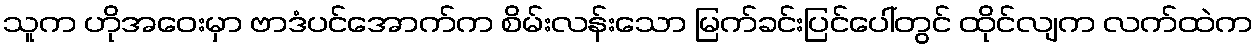
သူက ဟိုအဝေးမှာ ဗာဒံပင်အောက်က စိမ်းလန်းသော မြက်ခင်းပြင်ပေါ်တွင် ထိုင်လျက လက်ထဲက